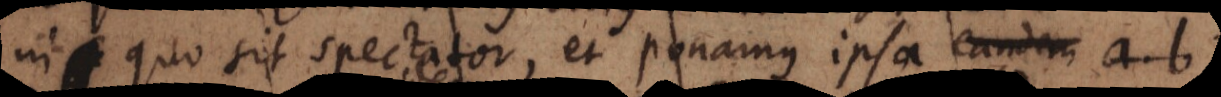
in quo sit spectator, et ponamus ipsa eandem quid